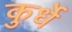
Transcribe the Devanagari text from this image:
कुर्धे